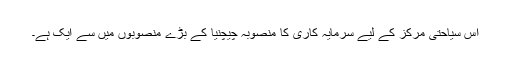
اس سیاحتی مرکز کے لیے سرمایہ کاری کا منصوبہ چیچنیا کے بڑے منصوبوں میں سے ایک ہے۔